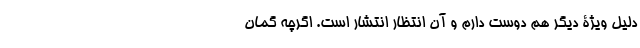
دلیل ویژۀ دیگر هم دوست دارم و آن انتظارِ انتشارِ است. اگرچه گمان